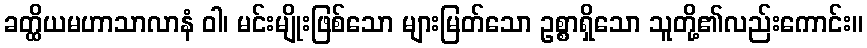
ခတ္ထိယမဟာသာလာနံ ဝါ၊ မင်းမျိုးဖြစ်သော များမြတ်သော ဥစ္စာရှိသော သူတို့၏လည်းကောင်း။